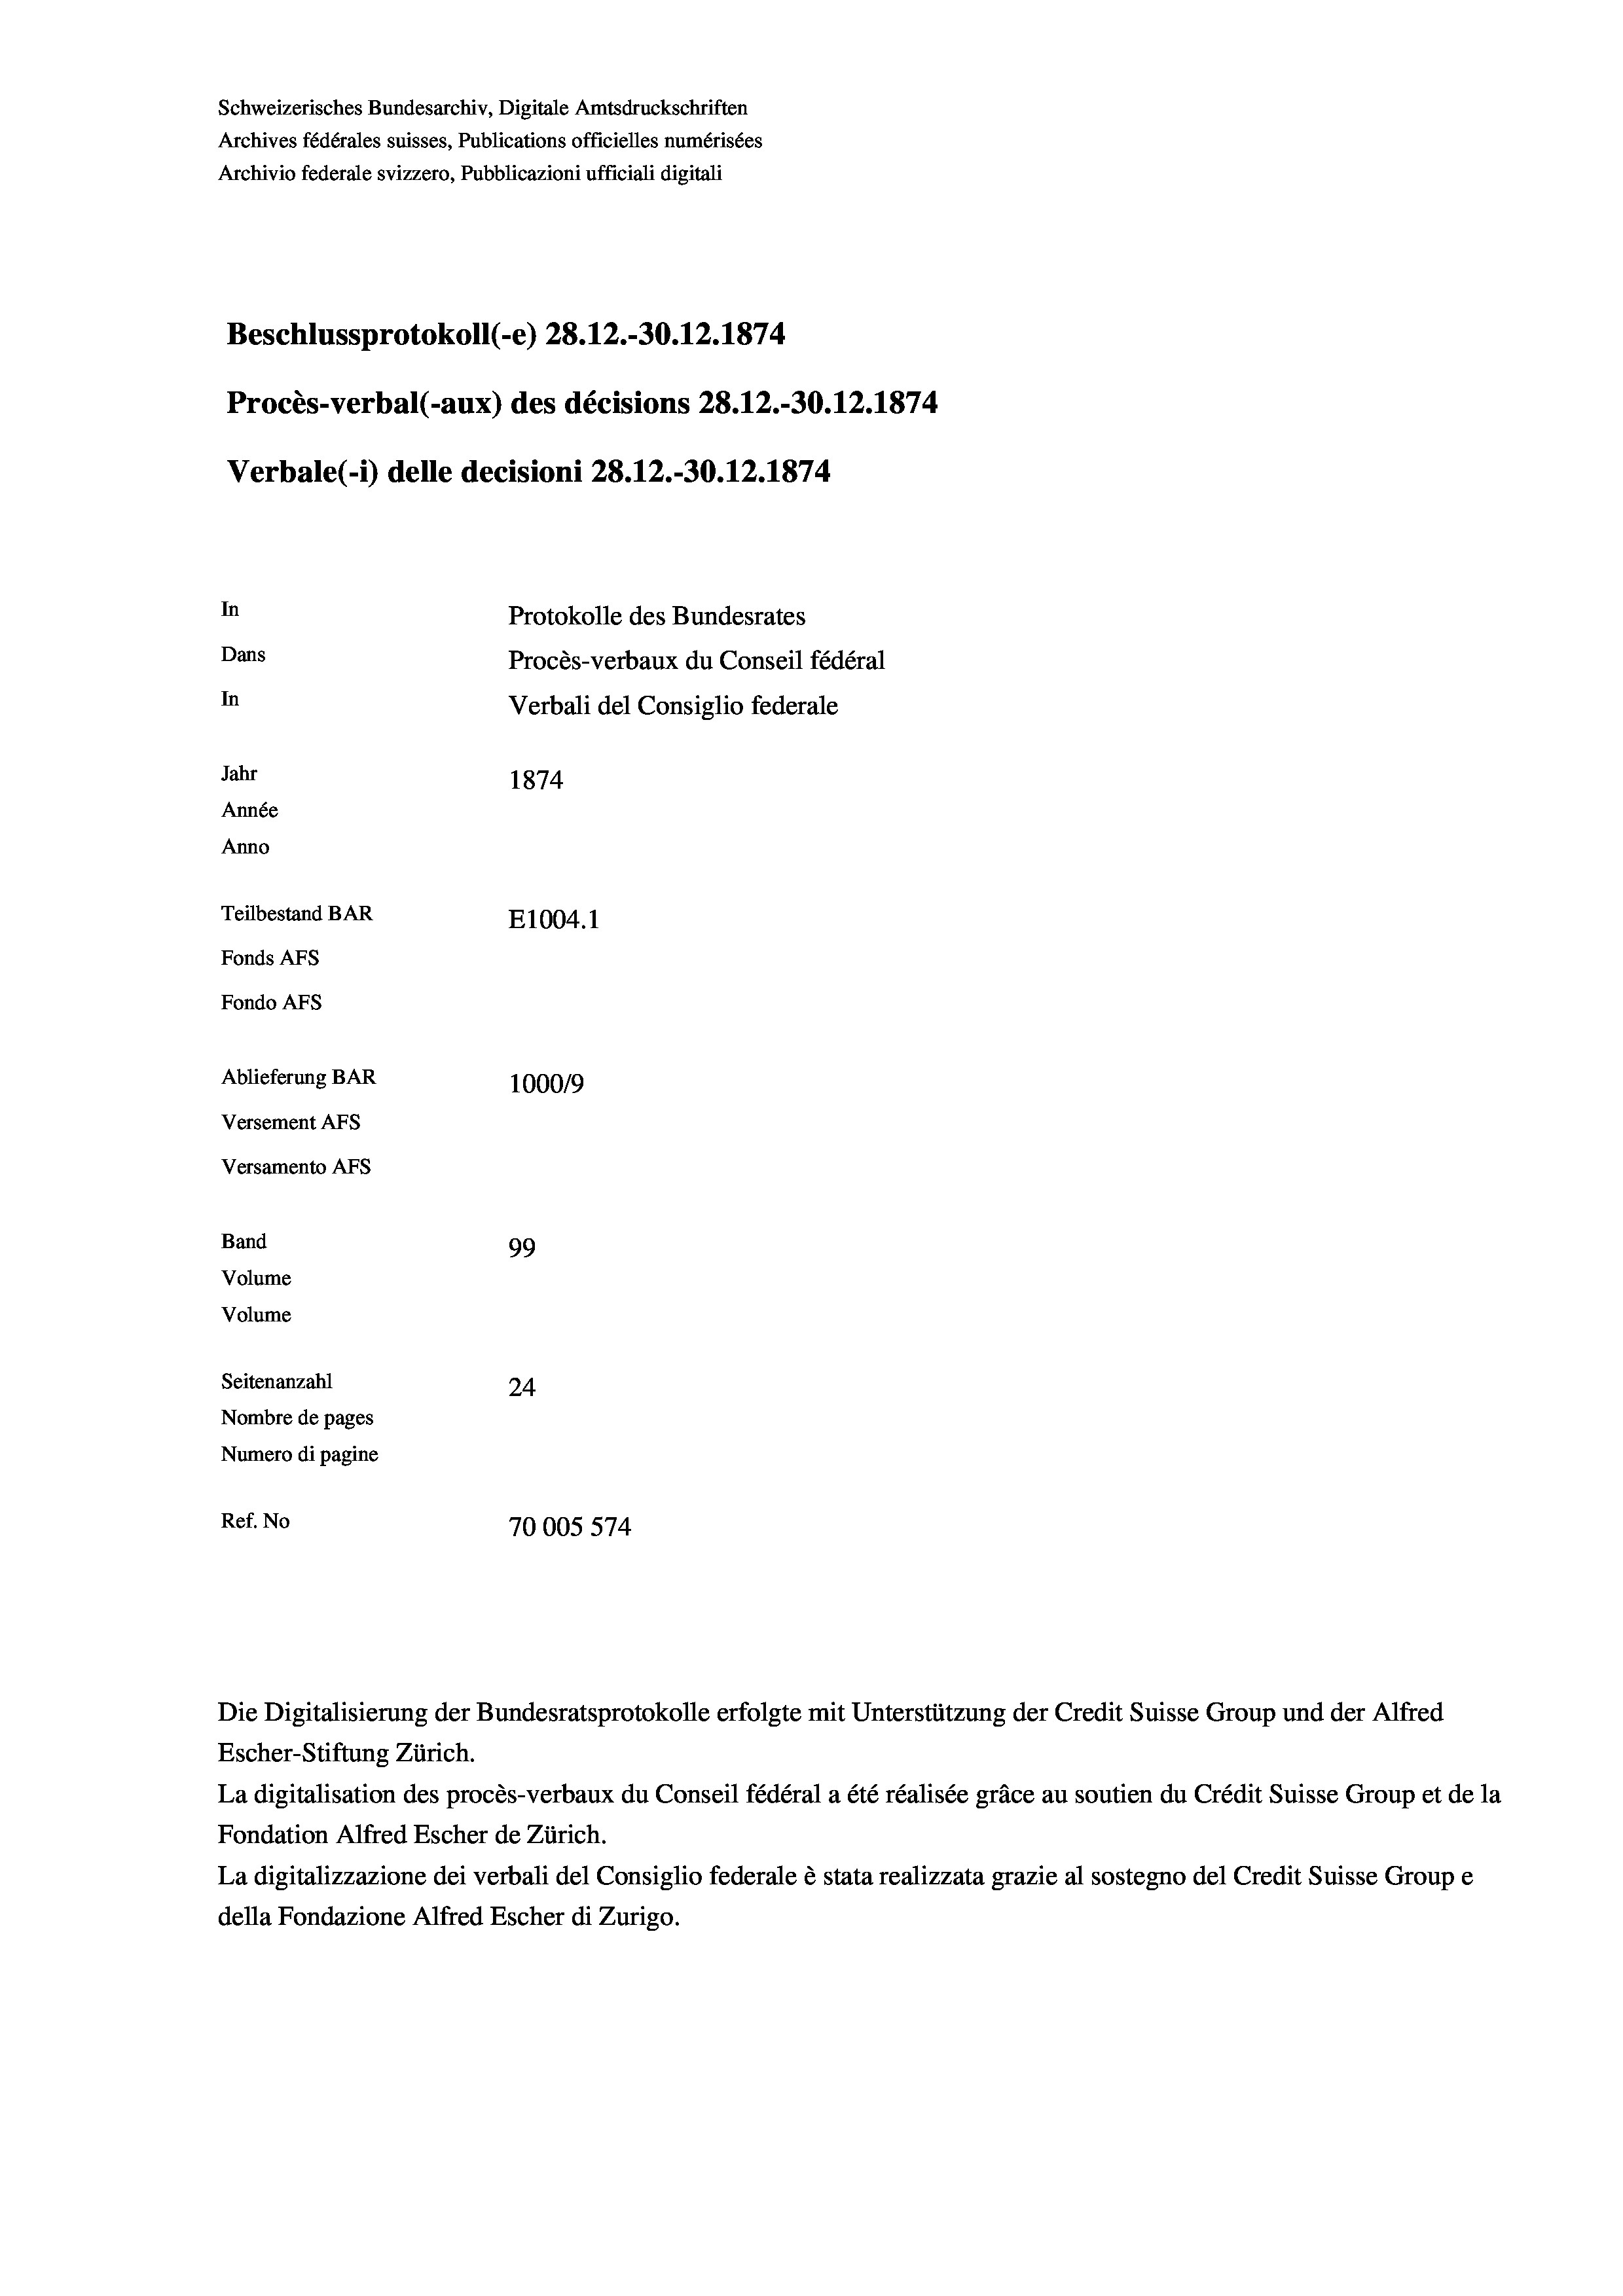
Schweizerisches Bundesarchiv, Digitale Amtsdruckschriften
Archives fédérales suisses, Publications officielles numérisées
Archivio federale svizzero, Pubblicazioni ufficiali digitali
Beschlussprotokoll (-e) 28. 12.-30.12.1874
Procès-verbal (-aux) des décisions 28. 12.-30.12.1874.
Verbale (- 1) delle decisioni 28. 12.-30.12.1874
In
Protokolle des Bundesrates
Dans
Procès-verbaux du Conseil fédéral
In
Verbali del Consiglio federale
Jahr
1874
Année
Anno
Teilbestand BAR
E1004. 1
Fonds AFs
Fondo AFs
Ablieferung BAR
100019
Versement AFs
Versamento Afs
Band
99
Volume
Volume
Seitenanzahl
24
Nombre de pages
Numero di pagine
Ref. No
70005 574

Die Digitalisierung der Bundesratsprotokolle erfolgte mit Unterstützung der Credit Suisse Group und der Alfred
Escher-Stiftung Zürich.
La digitalisation des procès-verbaux du Conseil fédéral a été réalisée gräce au soutien du Crédit Suisse Group et de la
Fondation Alfred Escher de Zürich.
La digitalizzazione dei verbali del Consiglio federale è stata realizzata grazie al sostegno del Credit Suisse Groupe
della Fondazione Alfred Escher di Zurigo.